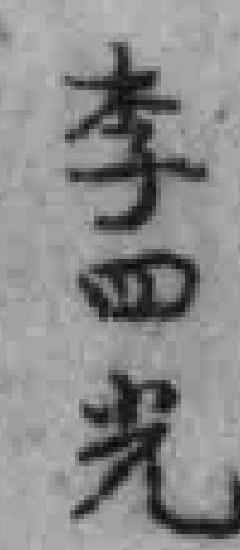
李四光